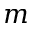
m